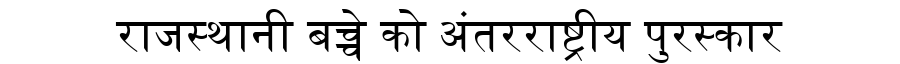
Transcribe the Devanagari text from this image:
राजस्थानी बच्चे को अंतरराष्ट्रीय पुरस्कार